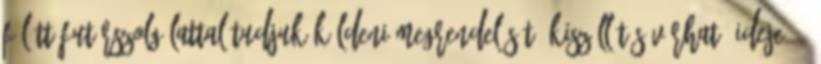
fölött futárszolgálattal tudjuk küldeni megrendelését. Kiszállítás várható ideje: 5